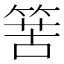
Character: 𥯶